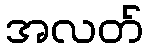
အလတ်